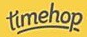
timehop